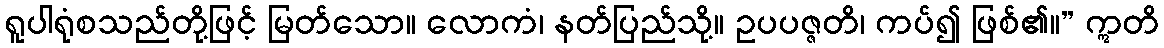
ရူပါရုံစသည်တို့ဖြင့် မြတ်သော။ လောကံ၊ နတ်ပြည်သို့။ ဥပပဇ္ဇတိ၊ ကပ်၍ ဖြစ်၏။” ဣတိ